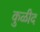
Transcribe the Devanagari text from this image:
कुळीद